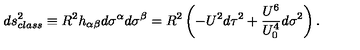
d s _ { c l a s s } ^ { 2 } \equiv R ^ { 2 } h _ { \alpha \beta } d \sigma ^ { \alpha } d \sigma ^ { \beta } = R ^ { 2 } \left( - U ^ { 2 } d \tau ^ { 2 } + \frac { U ^ { 6 } } { U _ { 0 } ^ { 4 } } d \sigma ^ { 2 } \right) .